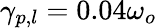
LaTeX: \gamma_{p,l}=0.04\omega_{o}